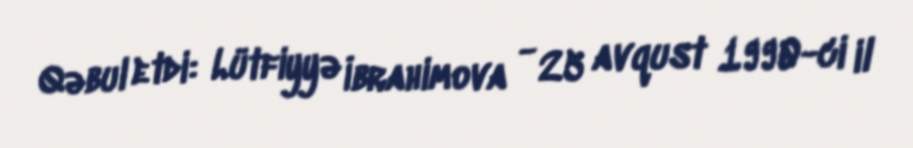
Qəbul etdi: Lütfiyyə İbrahimova - 25 avqust 1990-ci il